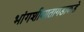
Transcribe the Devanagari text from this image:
भांगशीमातागडाकडे